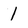
Character: 1